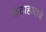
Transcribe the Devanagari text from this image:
कंठाहाराचे